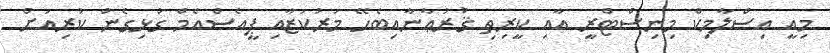
މިއީ އިސްލާމިކް މިނިސްޓްރީ އާއި ކީރިތި ޤުރުޢާނާއިބެހޭ މަރުކަޒާއި ޕީއެސްއެމް ގުޅިގެން ކުރިއަށް